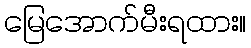
မြေအောက်မီးရထား။